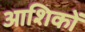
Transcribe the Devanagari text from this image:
आशिकों